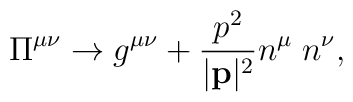
\Pi^{\mu\nu}\rightarrow g^{\mu\nu} +\frac{p^2}{|{\bf p}|^2}n^{\mu}\;n^{\nu},